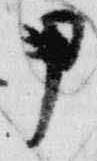
甲